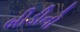
બીડીનો